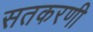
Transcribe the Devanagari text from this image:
सतकरणी